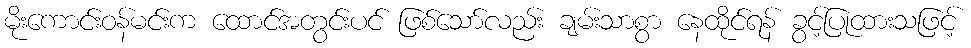
မိုးကောင်းဝန်မင်းက ထောင်အတွင်းပင် ဖြစ်သော်လည်း ချမ်းသာစွာ နေထိုင်ရန် ခွင့်ပြုထားသဖြင့်